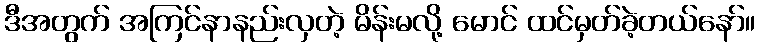
ဒီအတွက် အကြင်နာနည်းလှတဲ့ မိန်းမလို့ မောင် ထင်မှတ်ခဲ့တယ်နော်။